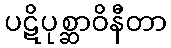
ပဋိပုစ္ဆာဝိနီတာ